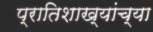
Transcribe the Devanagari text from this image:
प्रातिशाख्यांच्या